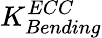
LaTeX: K_{Bending}^{ECC}